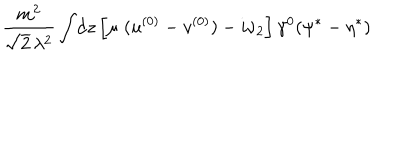
LaTeX: \frac { m ^ { 2 } } { \sqrt { 2 } \, \lambda ^ { 2 } } \int \! \mathrm { d } z \left[ \mu \; ( u ^ { ( 0 ) } - v ^ { ( 0 ) } ) - i \nu _ { 2 } \right] \gamma ^ { 0 } ( \psi ^ { * } - \eta ^ { * } )